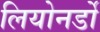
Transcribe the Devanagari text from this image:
लियोनर्डो